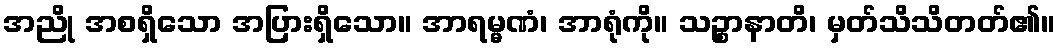
အညို အစရှိသော အပြားရှိသော။ အာရမ္မဏံ၊ အာရုံကို။ သဉ္စာနာတိ၊ မှတ်သိသိတတ်၏။